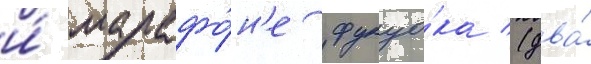
и́ марафо́н'е фукуо́ка (два́